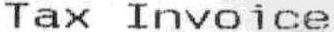
TAX INVOICE